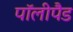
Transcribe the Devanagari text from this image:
पॉलीपैड